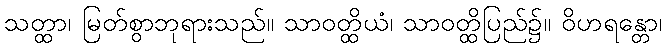
သတ္ထာ၊ မြတ်စွာဘုရားသည်။ သာဝတ္ထိယံ၊ သာဝတ္ထိပြည်၌။ ဝိဟရန္တော၊